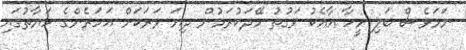
ނަމަވެސް ބަލި މީހާ އާއެކު ވަގުތު ހޭދަކުރަމުން ދިޔަ ވަރަކަށް އަހަރެންގެ ހަޔާތުގައި